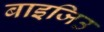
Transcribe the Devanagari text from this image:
बाइजिउ